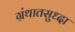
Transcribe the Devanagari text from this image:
ग्रंथातसुध्दा